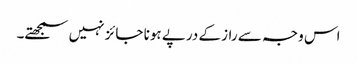
اس وجہ سے راز کے درپے ہونا جائز نہیں سمجھتے۔